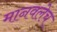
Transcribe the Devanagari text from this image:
मानवलेच